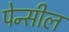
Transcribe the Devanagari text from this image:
पेन्सील